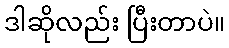
ဒါဆိုလည်း ပြီးတာပဲ။